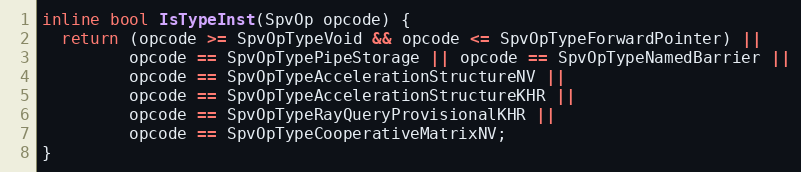
Language: C
inline bool IsTypeInst(SpvOp opcode) {
  return (opcode >= SpvOpTypeVoid && opcode <= SpvOpTypeForwardPointer) ||
         opcode == SpvOpTypePipeStorage || opcode == SpvOpTypeNamedBarrier ||
         opcode == SpvOpTypeAccelerationStructureNV ||
         opcode == SpvOpTypeAccelerationStructureKHR ||
         opcode == SpvOpTypeRayQueryProvisionalKHR ||
         opcode == SpvOpTypeCooperativeMatrixNV;
}